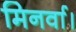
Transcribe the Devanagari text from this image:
मिनर्वा।